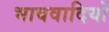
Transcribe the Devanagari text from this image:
भाववादियों